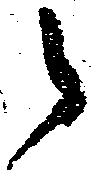
之